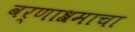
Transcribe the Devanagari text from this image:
वर्णाश्रमाचा